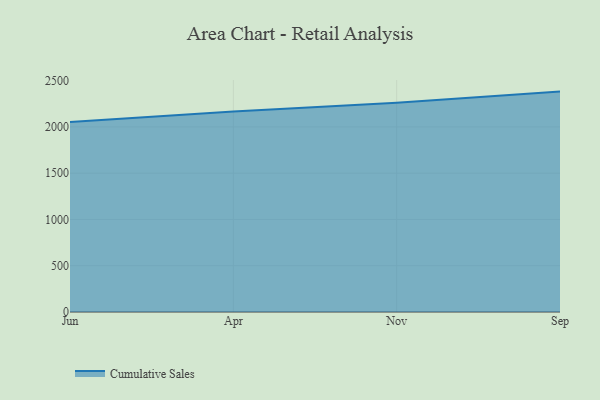
{"axis": {"x": "Month", "y": "Inventory Turnover"}, "legend": ["Cumulative Sales"], "data": [{"x": "Jun", "y": 2054.1, "type": "Cumulative Sales"}, {"x": "Apr", "y": 2165.7, "type": "Cumulative Sales"}, {"x": "Nov", "y": 2260.9, "type": "Cumulative Sales"}, {"x": "Sep", "y": 2381.5, "type": "Cumulative Sales"}]}